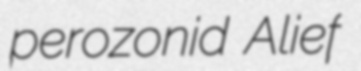
perozonid Alief